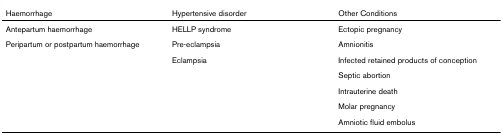
| Haemorrhage | Hypertensive disorder | Other Conditions |
 | --- | --- | --- |
 | Antepartum haemorrhage | HELLP syndrome | Ectopic pregnancy |
 | Peripartum or postpartum haemorrhage | Pre-eclampsia | Amnionitis |
 |  | Eclampsia | Infected retained products of conception |
 |  |  | Septic abortion |
 |  |  | Intrauterine death |
 |  |  | Molar pregnancy |
 |  |  | Amniotic fluid embolus |